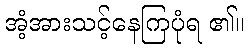
အံ့အားသင့်နေကြပုံရ ၏။